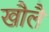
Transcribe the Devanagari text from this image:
खौलै